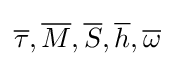
{\overline {\tau }},{\overline {M}},{\overline {S}},{\overline {h}},{\overline {\omega }}